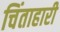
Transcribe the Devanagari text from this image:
चिंताहारी